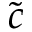
\tilde { c }